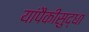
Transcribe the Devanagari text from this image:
यांपैकीसुद्धा